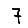
Digit: 7